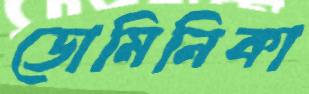
ডোমিনিকা